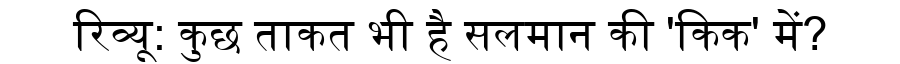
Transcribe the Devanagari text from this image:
रिव्यू: कुछ ताकत भी है सलमान की 'किक' में?